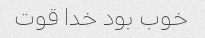
خوب بود خدا قوت